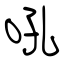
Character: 吼